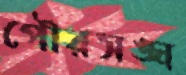
পৌরসঙ্ঘ